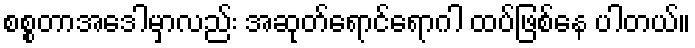
စစ္စတာအေဒါမှာလည်း အဆုတ်ရောင်ရောဂါ ထပ်ဖြစ်နေ ပါတယ်။